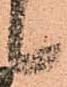
候